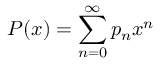
P ( x ) = \sum _ { n = 0 } ^ { \infty } p _ { n } x ^ { n }